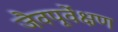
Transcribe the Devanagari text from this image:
जैवपूर्वेक्षण